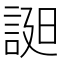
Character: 𧨓